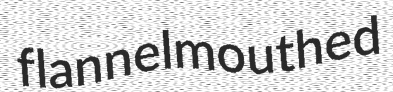
flannelmouthed